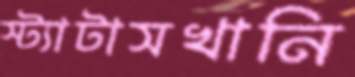
স্ট্যাটাসখানি